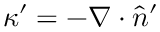
\kappa ^ { \prime } = - \nabla \cdot \hat { n } ^ { \prime }